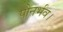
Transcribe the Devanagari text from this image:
पौनर्भव।